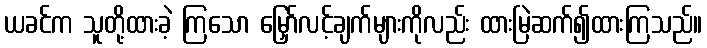
ယခင်က သူတို့ထားခဲ့ ကြသော မြှော်လင့်ချက်များကိုလည်း ထားမြဲဆက်၍ထားကြသည်။